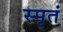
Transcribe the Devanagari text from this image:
स्मृतं